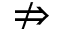
\nRightarrow